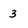
Character: 3